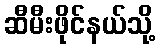
ဆီမီးဖိုင်နယ်သို့